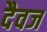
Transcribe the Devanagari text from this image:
दैवज